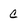
Character: c